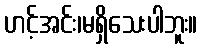
ဟင့်အင်း၊မရှိသေးပါဘူး။